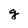
Character: g